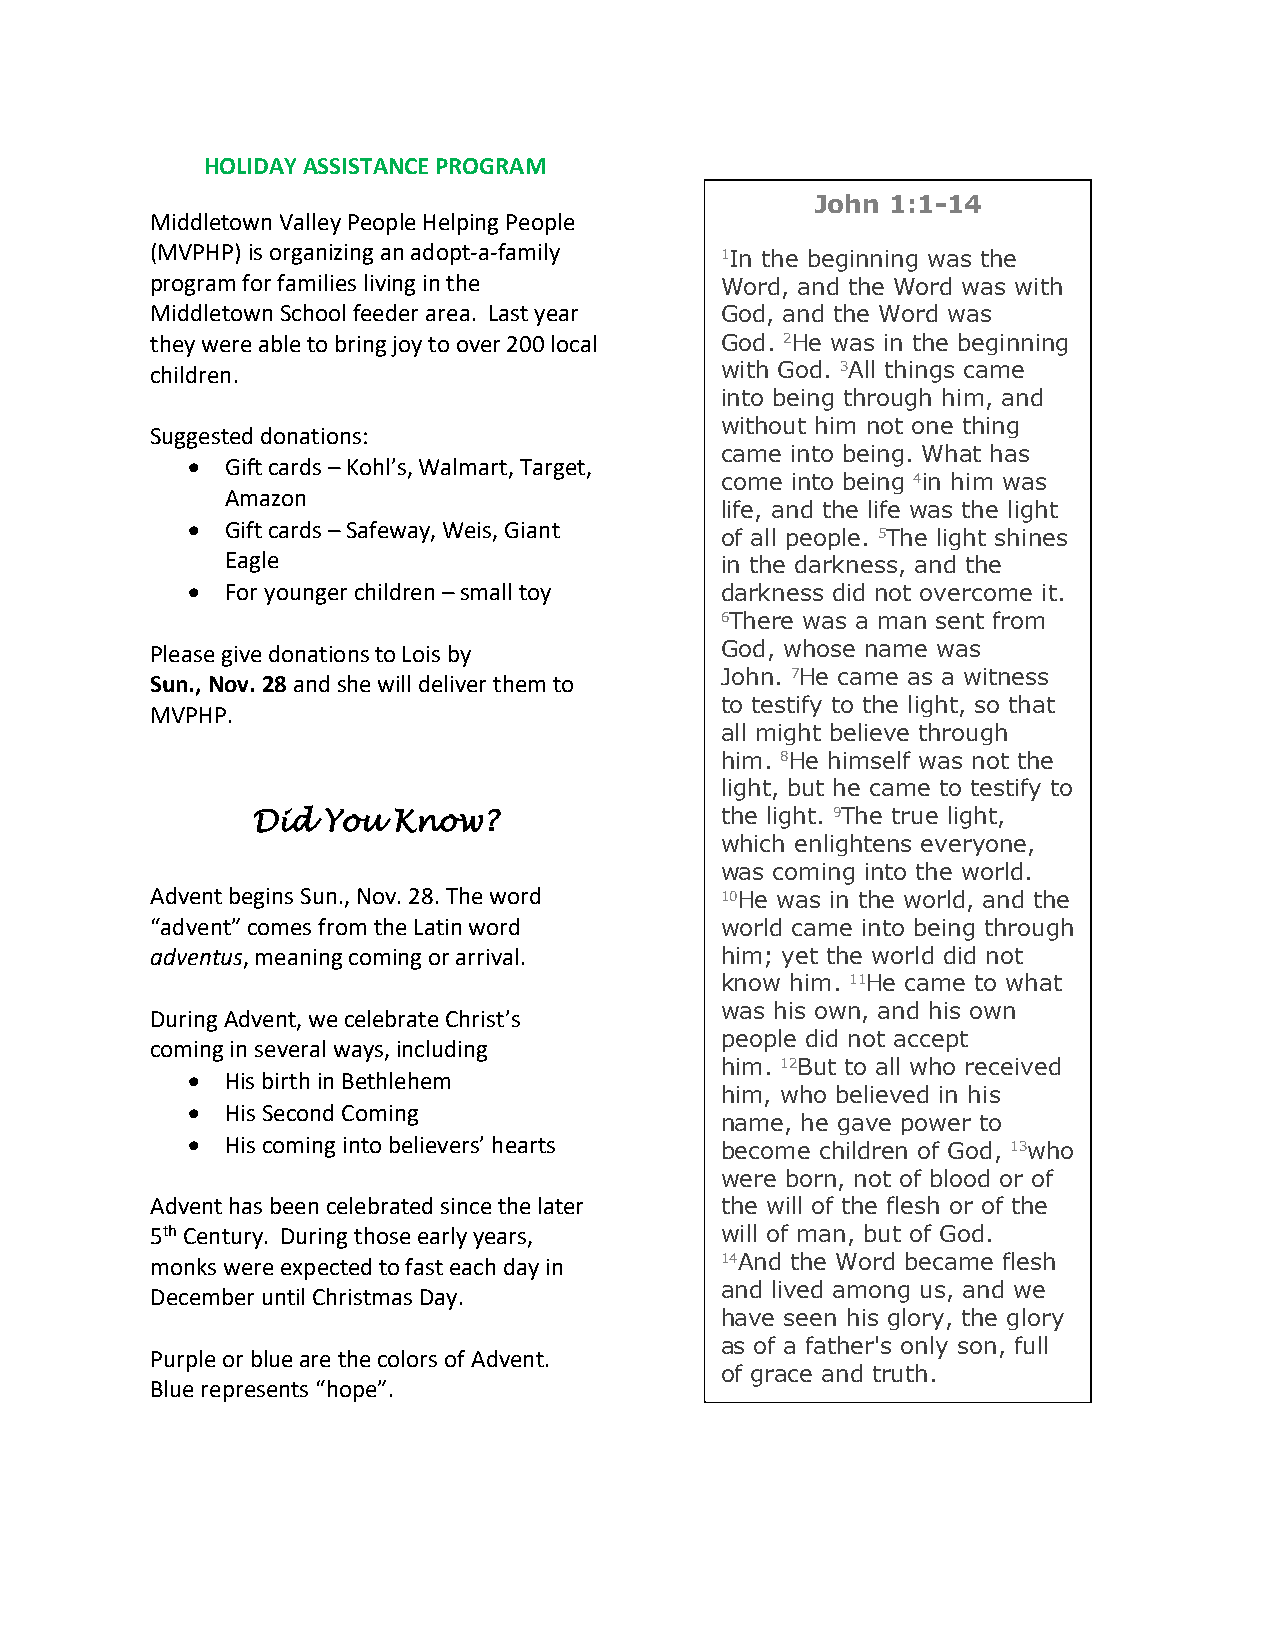
HOLIDAY ASSISTANCE PROGRAM
 John 1:1-14
 Middletown Valley People Helping People
 (MVPHP) is organizing an adopt-a-family
 1In the beginning was the
 program for families living in the    Word, and the Word was with
 Middletown School feeder area. Last year God, and the Word was
 they were able to bring joy to over 200 local God. 2He was in the beginning
 children.                             with God. 3All things came
 into being through him, and
 without him not one thing
 Suggested donations:
 came into being. What has
 •  Gift cards – Kohl’s, Walmart, Target,
 come into being 4in him was
 Amazon
 life, and the life was the light
 •  Gift cards – Safeway, Weis, Giant
 of all people. 5The light shines
 Eagle                            in the darkness, and the
 •  For younger children – small toy darkness did not overcome it.
 6There was a man sent from
 Please give donations to Lois by      God, whose name was
 Sun., Nov. 28 and she will deliver them to
 John. 7He came as a witness
 to testify to the light, so that
 MVPHP.
 all might believe through
 him. 8He himself was not the
 light, but he came to testify to
 Did You  Know?                 the light. 9The true light,
 which enlightens everyone,
 was coming into the world.
 Advent begins Sun., Nov. 28. The word 10He was in the world, and the
 “advent” comes from the Latin word    world came into being through
 adventus, meaning coming or arrival.  him; yet the world did not
 know him. 11He came to what
 was his own, and his own
 During Advent, we celebrate Christ’s
 people did not accept
 coming in several ways, including
 him. 12But to all who received
 •  His birth in Bethlehem
 him, who believed in his
 •  His Second Coming
 name, he gave power to
 •  His coming into believers’ hearts
 become children of God, 13who
 were born, not of blood or of
 Advent has been celebrated since the later the will of the flesh or of the
 5th Century. During those early years, will of man, but of God.
 monks were expected to fast each day in 14And the Word became flesh
 and lived among us, and we
 December until Christmas Day.
 have seen his glory, the glory
 as of a father's only son, full
 Purple or blue are the colors of Advent.
 of grace and truth.
 Blue represents “hope”.